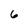
Character: 6